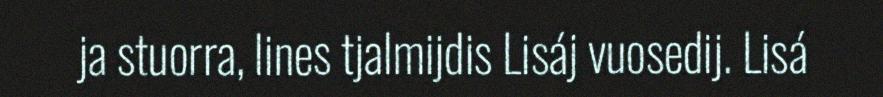
ja stuorra, lines tjalmijdis Lisáj vuosedij. Lisá